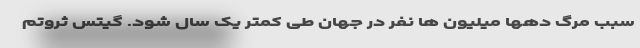
سبب مرگ دهها میلیون ها نفر در جهان طی کمتر یک سال شود. گیتس ثروتم